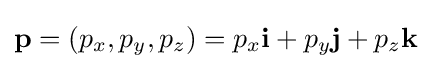
\mathbf {p} =(p_{x},p_{y},p_{z})=p_{x}\mathbf {i} +p_{y}\mathbf {j} +p_{z}\mathbf {k}